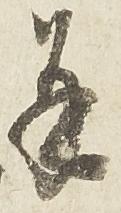
并